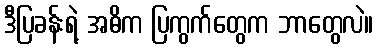
ဒီပြခန်းရဲ့ အဓိက ပြကွက်တွေက ဘာတွေလဲ။